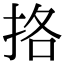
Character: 挌